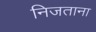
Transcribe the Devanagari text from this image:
निजताना